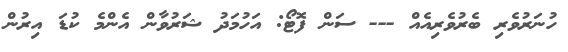
ހުނަރުވެރި ބެރުވެރިއެއް --- ސަން ފޮޓޯ: އަހުމަދު ޝަރުވާން އެންމެ ކުޑަ އިރުން